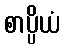
စာပ္ပိယံ